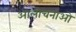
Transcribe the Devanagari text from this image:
आलोचनाओ